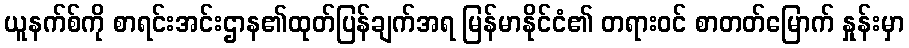
ယူနက်စ်ကို စာရင်းအင်းဌာန၏ထုတ်ပြန်ချက်အရ မြန်မာနိုင်ငံ၏ တရားဝင် စာတတ်မြောက် နှုန်းမှာ